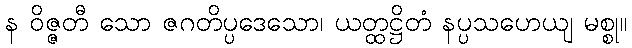
န ဝိဇ္ဇတီ သော ဇဂတိပ္ပဒေသော၊ ယတ္ထဋ္ဌိတံ နပ္ပသဟေယျ မစ္စု။